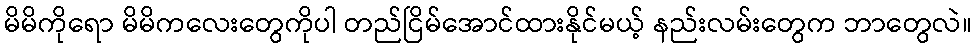
မိမိကိုရော မိမိကလေးတွေကိုပါ တည်ငြိမ်အောင်ထားနိုင်မယ့် နည်းလမ်းတွေက ဘာတွေလဲ။